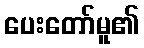
ပေးတော်မူ၏